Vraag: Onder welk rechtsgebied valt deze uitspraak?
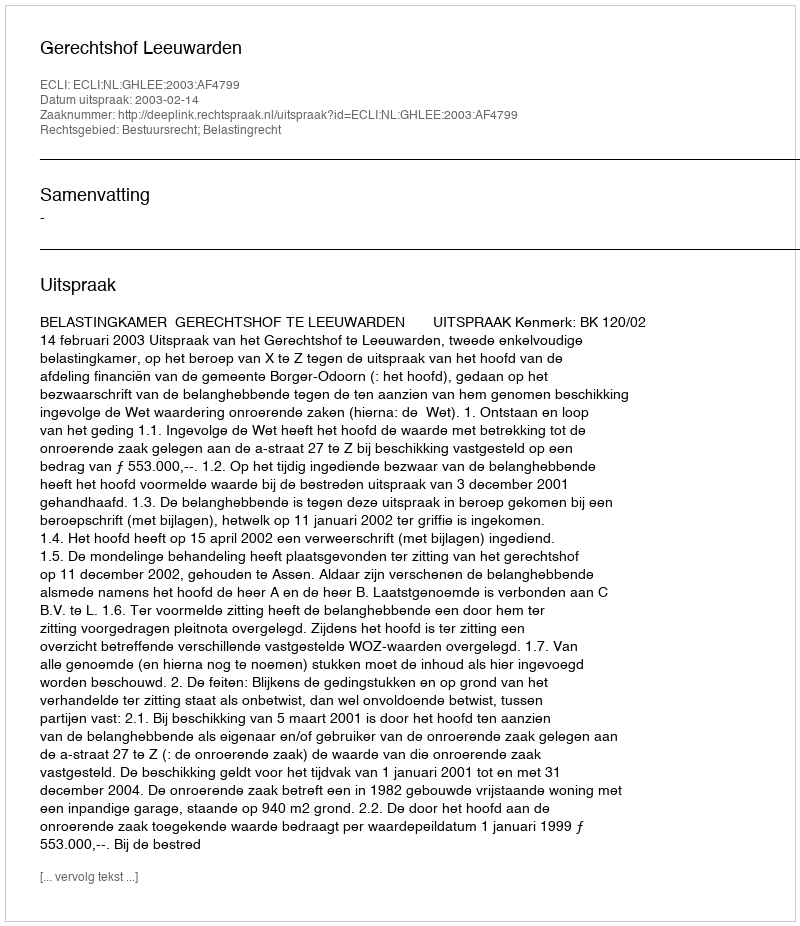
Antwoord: Bestuursrecht; Belastingrecht